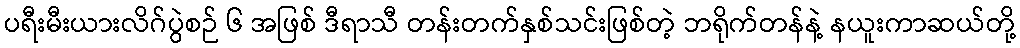
ပရီးမီးယားလိဂ်ပွဲစဉ် ၆ အဖြစ် ဒီရာသီ တန်းတက်နှစ်သင်းဖြစ်တဲ့ ဘရိုက်တန်နဲ့ နယူးကာဆယ်တို့